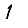
Digit: 1